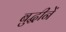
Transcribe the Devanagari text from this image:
बुद्धीनें